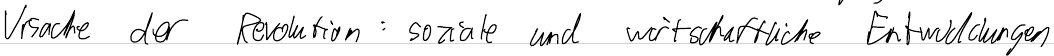
Ursache der Revolution: soziale und wirtschaftliche Entwicklungen